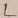
Text: L